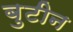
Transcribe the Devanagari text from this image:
बुटीन